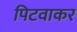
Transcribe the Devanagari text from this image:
पिटवाकर